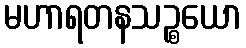
မဟာရတနသဉ္စယော